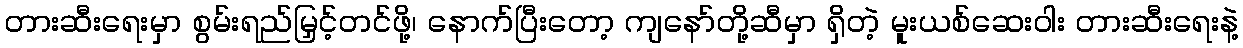
တားဆီးရေးမှာ စွမ်းရည်မြှင့်တင်ဖို့၊ နောက်ပြီးတော့ ကျနော်တို့ဆီမှာ ရှိတဲ့ မူးယစ်ဆေးဝါး တားဆီးရေးနဲ့